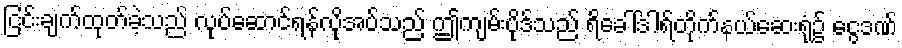
ငြင်းချက်ထုတ်ခဲ့သည် လုပ်ဆောင်ရန်လိုအပ်သည် ဤကျမ်းပိုဒ်သည် ရိခေါ်ဒါရ်တိုက်နယ်ဆေးရုံ၌ ငွေဒဏ်